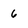
Character: 6